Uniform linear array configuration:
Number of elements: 12
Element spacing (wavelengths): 0.25
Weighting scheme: hann
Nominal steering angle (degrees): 30
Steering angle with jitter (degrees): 31.554
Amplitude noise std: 0.05
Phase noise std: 0.05

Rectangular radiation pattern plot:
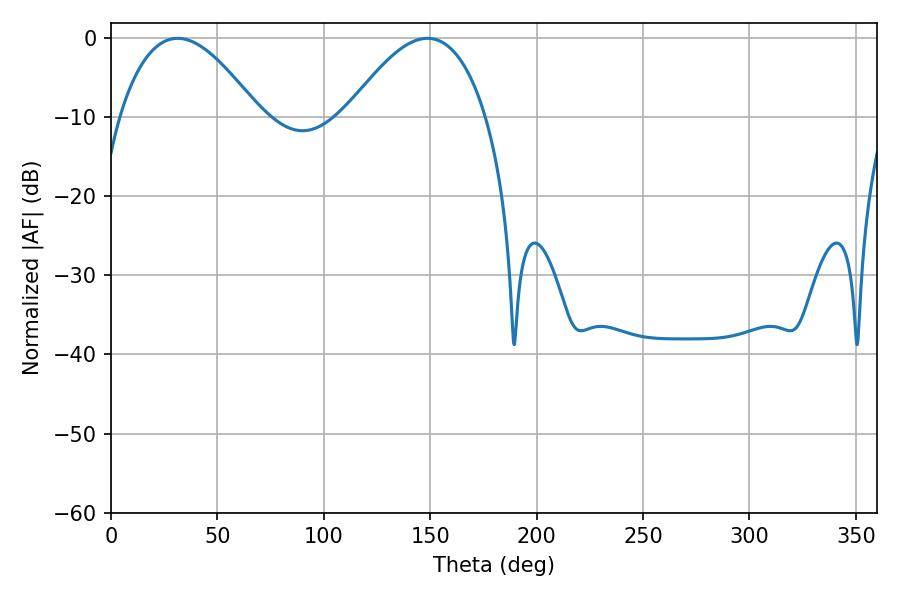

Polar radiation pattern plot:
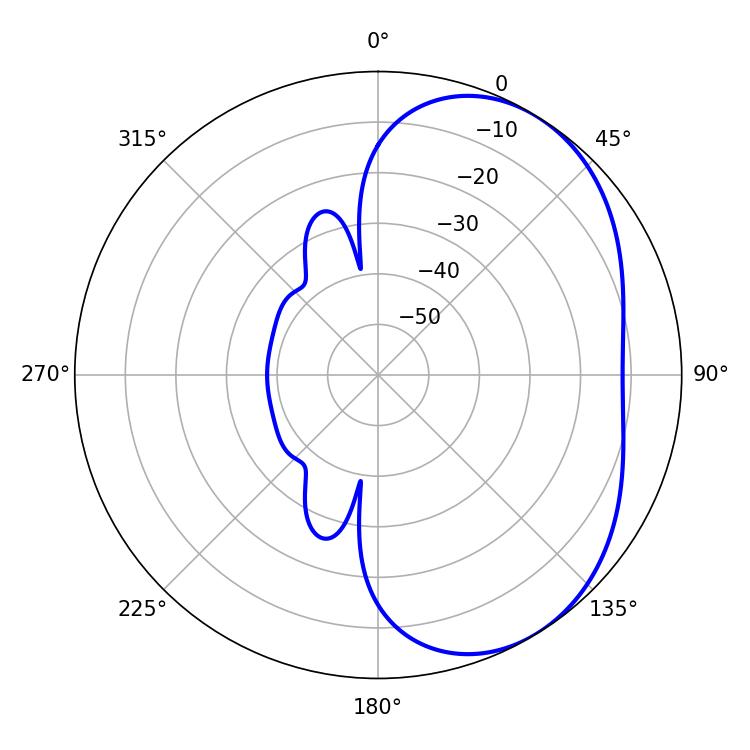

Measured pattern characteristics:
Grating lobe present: FALSE
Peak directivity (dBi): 4.077
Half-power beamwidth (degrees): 35.82
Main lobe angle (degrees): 31.32